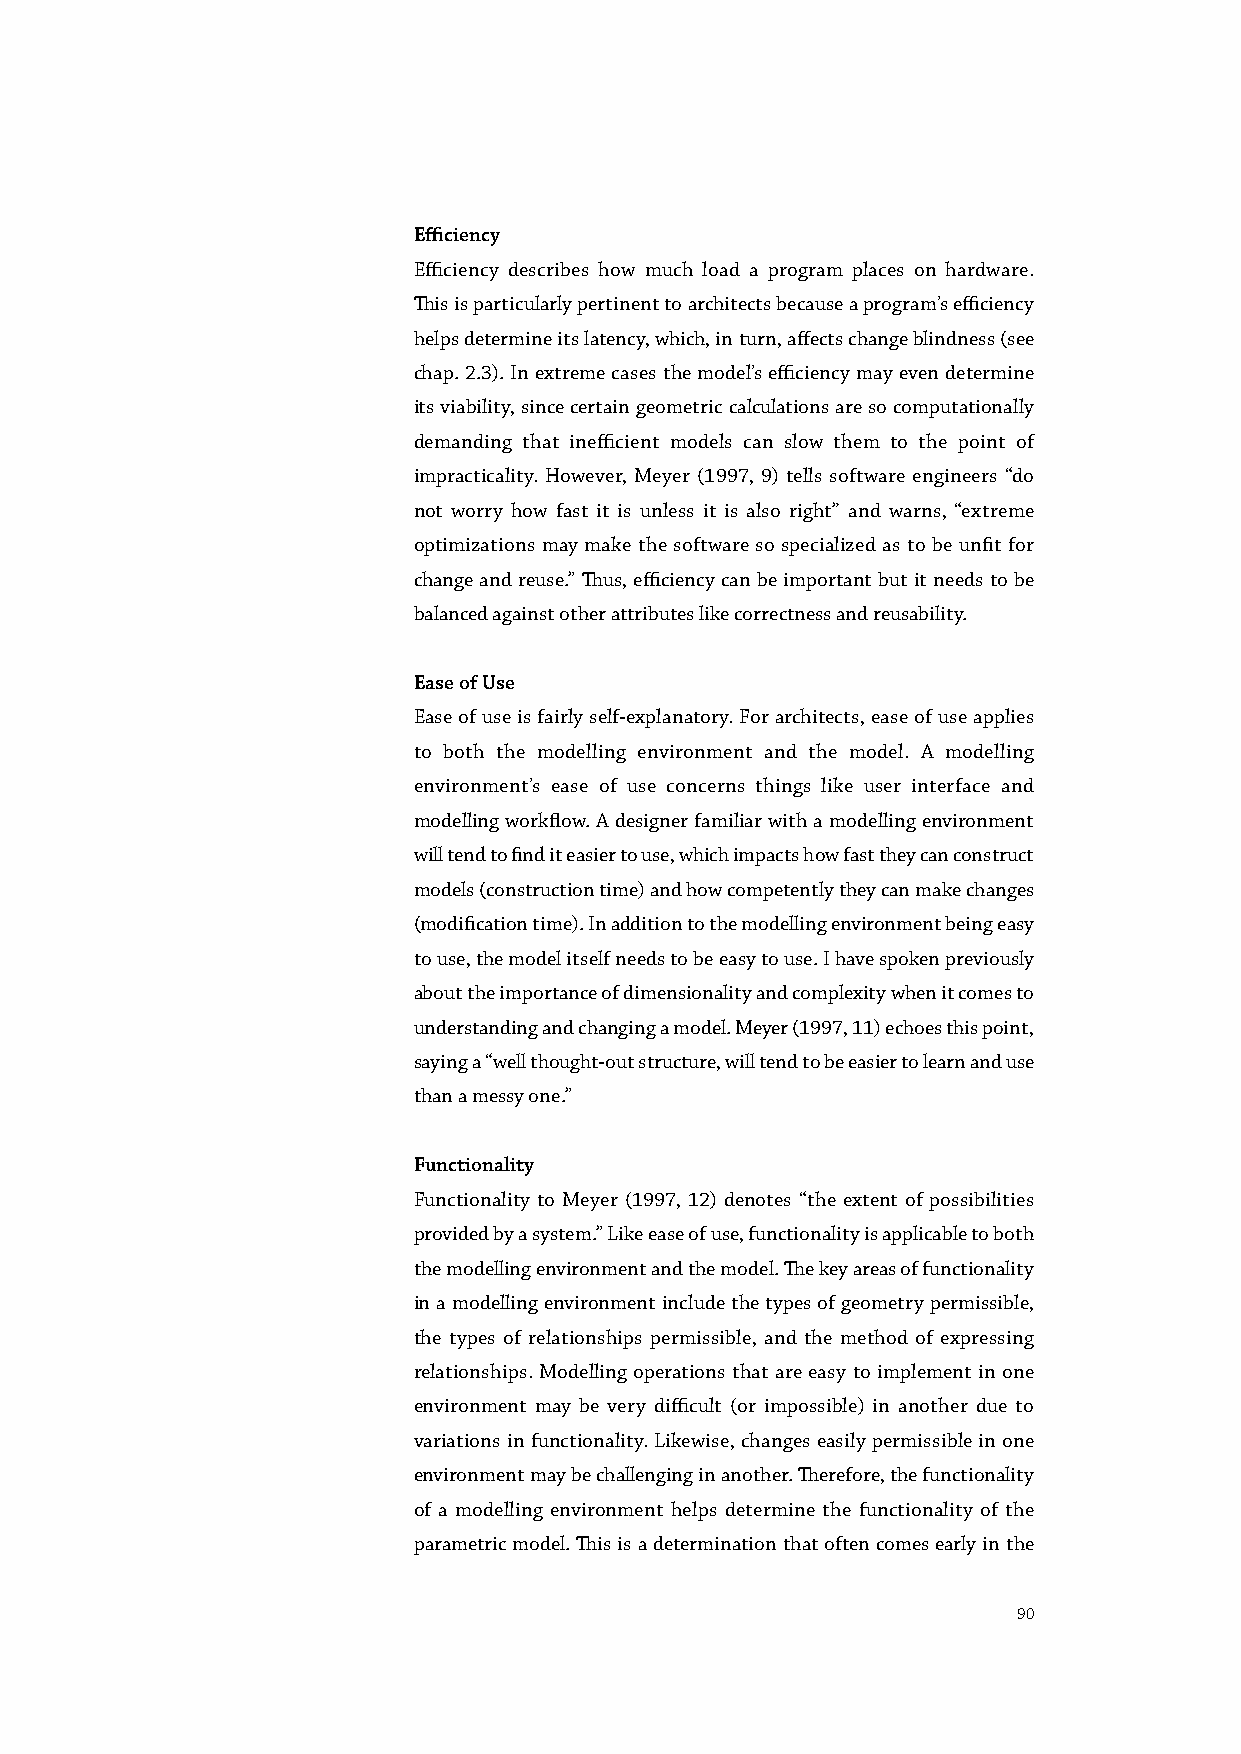
Efficiency
 Efficiency describes how much load a program places on hardware.
 This is particularly pertinent to architects because a program’s efficiency
 helps determine its latency, which, in turn, affects change blindness (see
 chap. 2.3). In extreme cases the model’s efficiency may even determine
 its viability, since certain geometric calculations are so computationally
 demanding that inefficient models can slow them to the point of
 impracticality. However, Meyer (1997, 9) tells software engineers “do
 not worry how fast it is unless it is also right” and warns, “extreme
 optimizations may make the software so specialized as to be unfit for
 change and reuse.” Thus, efficiency can be important but it needs to be
 balanced against other attributes like correctness and reusability.
 Ease of Use
 Ease of use is fairly self-explanatory. For architects, ease of use applies
 to both the modelling environment and the model. A modelling
 environment’s ease of use concerns things like user interface and
 modelling workflow. A designer familiar with a modelling environment
 will tend to find it easier to use, which impacts how fast they can construct
 models (construction time) and how competently they can make changes
 (modification time). In addition to the modelling environment being easy
 to use, the model itself needs to be easy to use. I have spoken previously
 about the importance of dimensionality and complexity when it comes to
 understanding and changing a model. Meyer (1997, 11) echoes this point,
 saying a “well thought-out structure, will tend to be easier to learn and use
 than a messy one.”
 Functionality
 Functionality to Meyer (1997, 12) denotes “the extent of possibilities
 provided by a system.” Like ease of use, functionality is applicable to both
 the modelling environment and the model. The key areas of functionality
 in a modelling environment include the types of geometry permissible,
 the types of relationships permissible, and the method of expressing
 relationships. Modelling operations that are easy to implement in one
 environment may be very difficult (or impossible) in another due to
 variations in functionality. Likewise, changes easily permissible in one
 environment may be challenging in another. Therefore, the functionality
 of a modelling environment helps determine the functionality of the
 parametric model. This is a determination that often comes early in the
 90